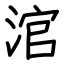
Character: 涫